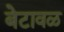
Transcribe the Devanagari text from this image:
बेटावळ